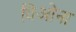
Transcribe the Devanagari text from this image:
विओना